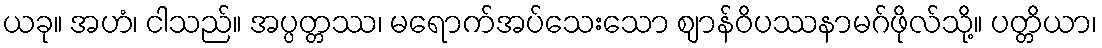
ယခု။ အဟံ၊ ငါသည်။ အပ္ပတ္တဿ၊ မရောက်အပ်သေးသော ဈာန်ဝိပဿနာမဂ်ဖိုလ်သို့။ ပတ္တိယာ၊